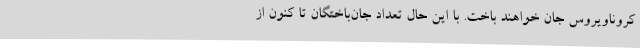
کروناویروس جان خواهند باخت. با این حال تعداد جان‌باختگان تا کنون از